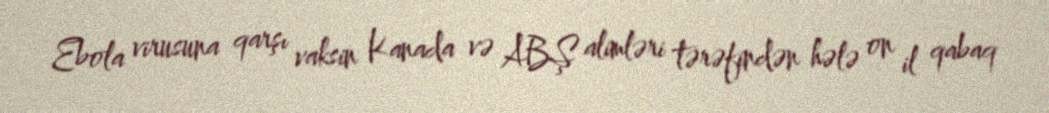
Ebola virusuna qarşı vaksin Kanada və ABŞ alimləri tərəfindən hələ on il qabaq